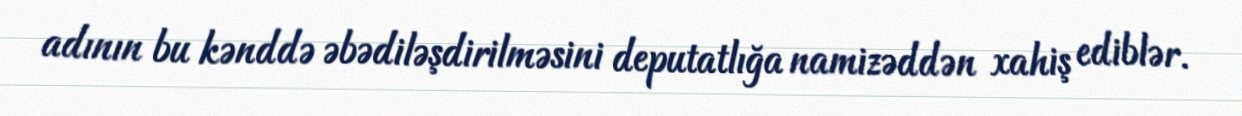
adının bu kənddə əbədiləşdirilməsini deputatlığa namizəddən xahiş ediblər.